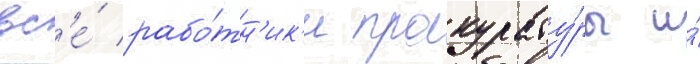
вс'е́ рабо́тн'ик'и прокурату́ры и́